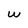
Character: W